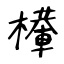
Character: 檋